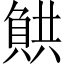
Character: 𧶯